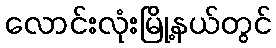
လောင်းလုံးမြို့နယ်တွင်